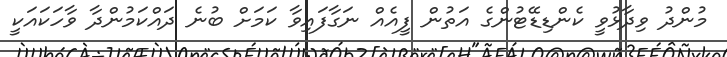
މުންދު ވިދާޅުވީ ކެންޑިޑޭޓުންގެ އަތުން ފީއެއް ނަގާފައިވާ ކަމަށް ބުނެ ދައްކަމުންދާ ވާހަކައަކީ